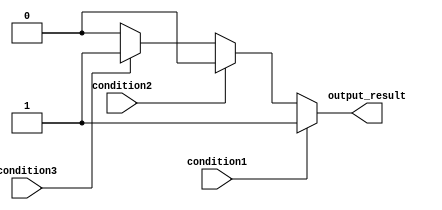
module multiple_if_else (
    input condition1,
    input condition2,
    input condition3,
    output reg output_result
);

always @* begin
    if (condition1) begin
        output_result = 1;
    end else if (condition2) begin
        output_result = 2;
    end else if (condition3) begin
        output_result = 3;
    end else begin
        output_result = 0;
    end
end

endmodule